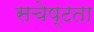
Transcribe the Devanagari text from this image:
सचेष्टता